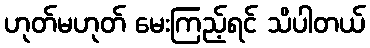
ဟုတ်မဟုတ် မေးကြည့်ရင် သိပါတယ်